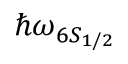
\hbar \omega _ { 6 S _ { 1 / 2 } }